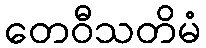
တေဝီသတိမံ